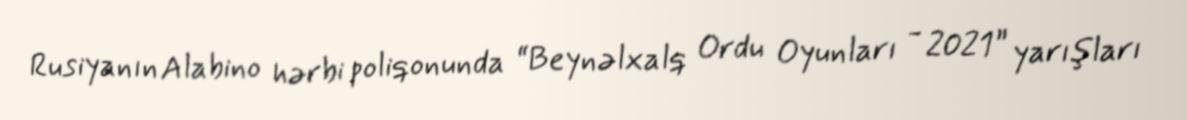
Rusiyanın Alabino hərbi poliqonunda “Beynəlxalq Ordu Oyunları - 2021” yarışları